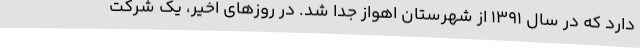
دارد که در سال ۱۳۹۱ از شهرستان اهواز جدا شد. در روزهای اخیر، یک شرکت